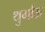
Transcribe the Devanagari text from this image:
थुर्गाऊ